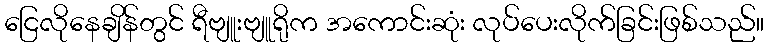
ငြေလိုနေချိန်တွင် ရီဗျူးဗျူရိုက အကောင်းဆုံး လုပ်ပေးလိုက်ခြင်းဖြစ်သည်။